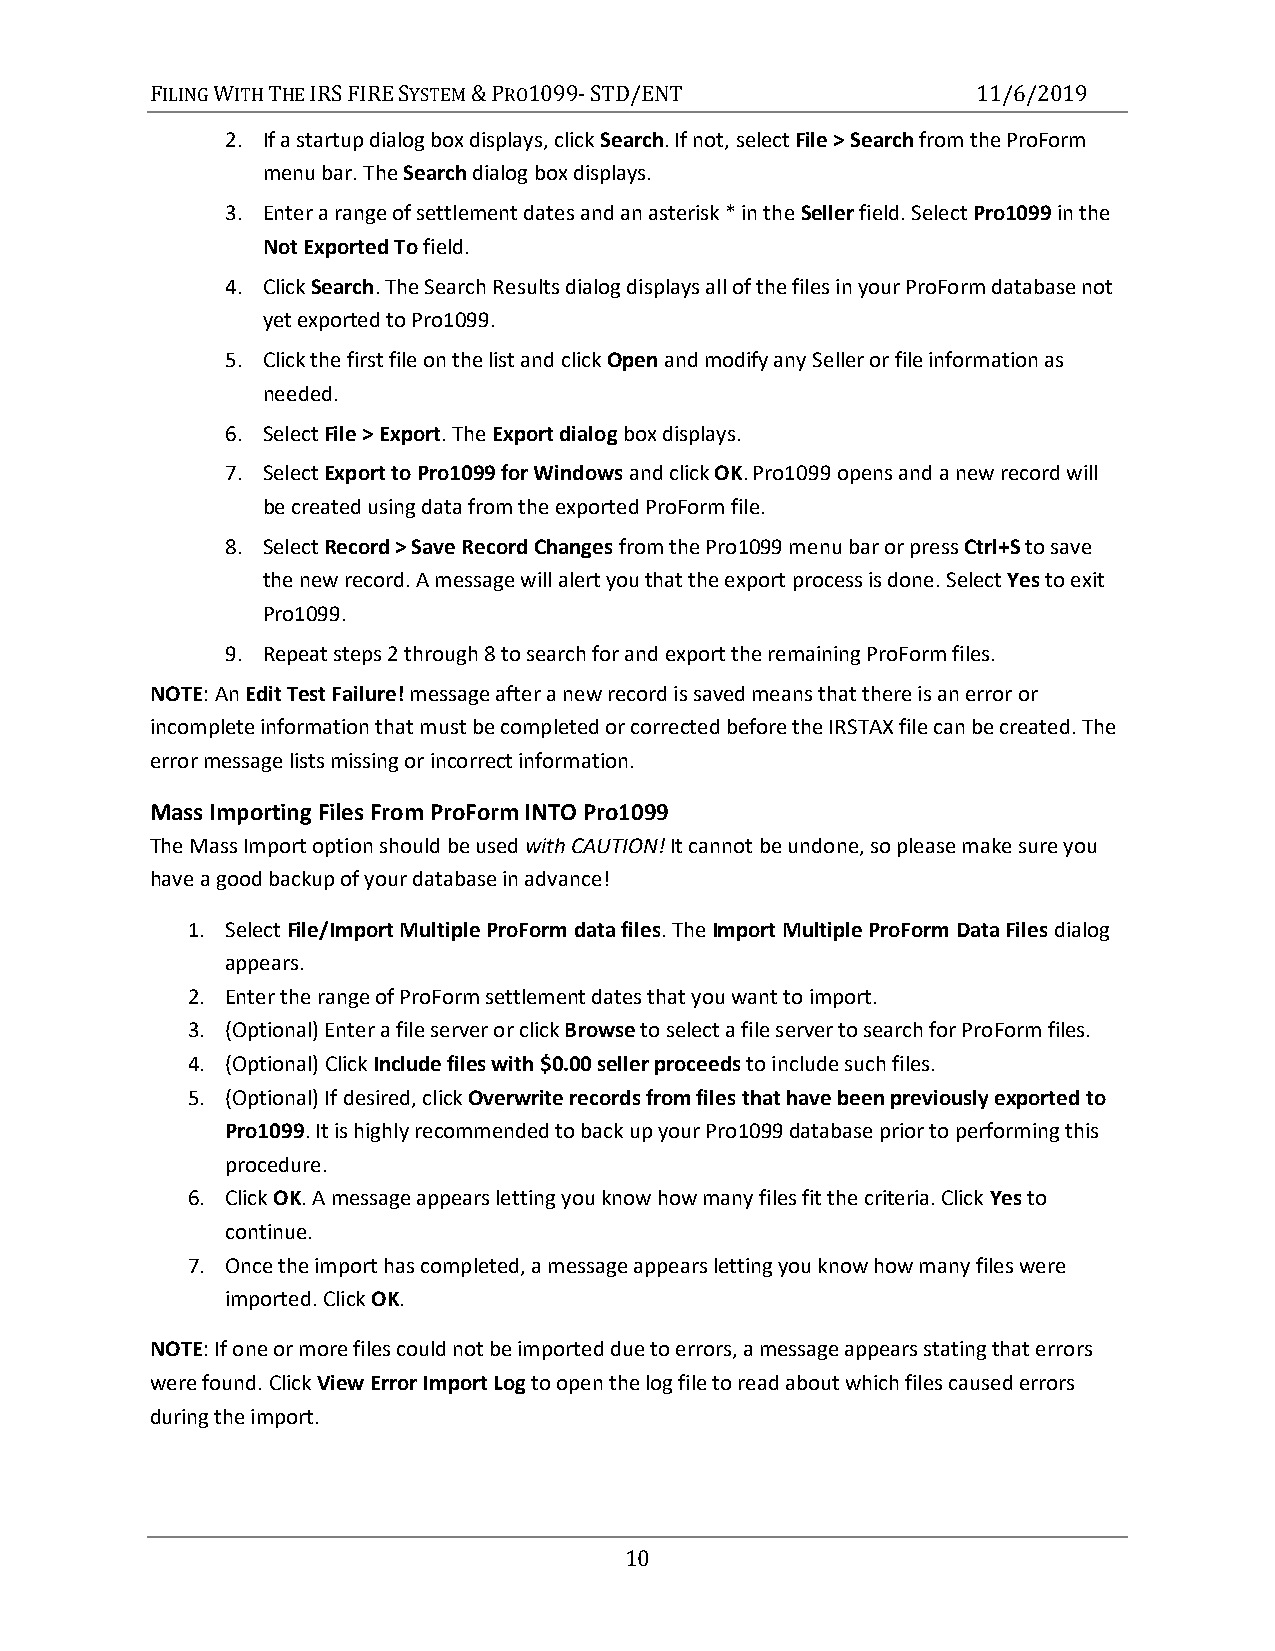
FILING WITH THE IRS FIRE SYSTEM & PRO1099- STD/ENT     11/6/2019
 2. If a startup dialog box displays, click Search. If not, select File > Search from the ProForm
 menu bar. The Search dialog box displays.
 3. Enter a range of settlement dates and an asterisk * in the Seller field. Select Pro1099 in the
 Not Exported To field.
 4. Click Search. The Search Results dialog displays all of the files in your ProForm database not
 yet exported to Pro1099.
 5. Click the first file on the list and click Open and modify any Seller or file information as
 needed.
 6. Select File > Export. The Export dialog box displays.
 7. Select Export to Pro1099 for Windows and click OK. Pro1099 opens and a new record will
 be created using data from the exported ProForm file.
 8. Select Record > Save Record Changes from the Pro1099 menu bar or press Ctrl+S to save
 the new record. A message will alert you that the export process is done. Select Yes to exit
 Pro1099.
 9. Repeat steps 2 through 8 to search for and export the remaining ProForm files.
 NOTE: An Edit Test Failure! message after a new record is saved means that there is an error or
 incomplete information that must be completed or corrected before the IRSTAX file can be created. The
 error message lists missing or incorrect information.
 Mass Importing Files From ProForm INTO Pro1099
 The Mass Import option should be used with CAUTION! It cannot be undone, so please make sure you
 have a good backup of your database in advance!
 1. Select File/Import Multiple ProForm data files. The Import Multiple ProForm Data Files dialog
 appears.
 2. Enter the range of ProForm settlement dates that you want to import.
 3. (Optional) Enter a file server or click Browse to select a file server to search for ProForm files.
 4. (Optional) Click Include files with $0.00 seller proceeds to include such files.
 5. (Optional) If desired, click Overwrite records from files that have been previously exported to
 Pro1099. It is highly recommended to back up your Pro1099 database prior to performing this
 procedure.
 6. Click OK. A message appears letting you know how many files fit the criteria. Click Yes to
 continue.
 7. Once the import has completed, a message appears letting you know how many files were
 imported. Click OK.
 NOTE: If one or more files could not be imported due to errors, a message appears stating that errors
 were found. Click View Error Import Log to open the log file to read about which files caused errors
 during the import.
 10